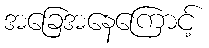
အခြေအနေကြောင့်